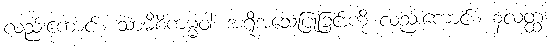
လည်းကောင်း။ သာမီစိကမ္မံဝါ၊ အရိုအသေပြုခြင်းကို လည်းကောင်း။ နလတ္ထံ၊